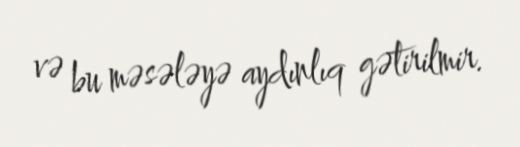
və bu məsələyə aydınlıq gətirilmir.